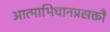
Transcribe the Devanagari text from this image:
आत्माभिधानप्रसक्तौ